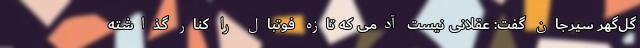
گل‌گهر سیرجان گفت: عقلانی نیست آدمی که تازه فوتبال را کنار گذاشته